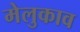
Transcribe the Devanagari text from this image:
मेलुकाव